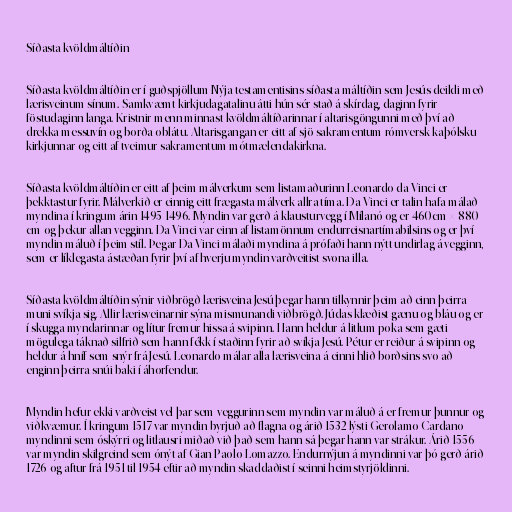
Síðasta kvöldmáltíðin

Síðasta kvöldmáltíðin er í guðspjöllum Nýja testamentisins síðasta máltíðin sem Jesús deildi með
lærisveinum sínum. Samkvæmt kirkjudagatalinu átti hún sér stað á skírdag, daginn fyrir
föstudaginn langa. Kristnir menn minnast kvöldmáltíðarinnar í altarisgöngunni með því að
drekka messuvín og borða oblátu. Altarisgangan er eitt af sjö sakramentum rómversk-kaþólsku
kirkjunnar og eitt af tveimur sakramentum mótmælendakirkna.

Síðasta kvöldmáltíðin er eitt af þeim málverkum sem listamaðurinn Leonardo da Vinci er
þekktastur fyrir. Málverkið er einnig eitt frægasta málverk allra tíma. Da Vinci er talin hafa málað
myndina í kringum árin 1495-1496. Myndin var gerð á klausturvegg í Mílanó og er 460cm × 880
cm og þekur allan vegginn. Da Vinci var einn af listamönnum endurreisnartímabilsins og er því
myndin máluð í þeim stíl. Þegar Da Vinci málaði myndina á prófaði hann nýtt undirlag á vegginn,
sem er líklegasta ástæðan fyrir því af hverju myndin varðveitist svona illa.

Síðasta kvöldmáltíðin sýnir viðbrögð lærisveina Jesú þegar hann tilkynnir þeim að einn þeirra
muni svíkja sig. Allir lærisveinarnir sýna mismunandi viðbrögð. Júdas klæðist gænu og bláu og er
í skugga myndarinnar og lítur fremur hissa á svipinn. Hann heldur á litlum poka sem gæti
mögulega táknað silfrið sem hann fékk í staðinn fyrir að svíkja Jesú. Pétur er reiður á svipinn og
heldur á hníf sem snýr frá Jesú. Leonardo málar alla lærisveina á einni hlið borðsins svo að
enginn þeirra snúi baki í áhorfendur.

Myndin hefur ekki varðveist vel þar sem veggurinn sem myndin var máluð á er fremur þunnur og
viðkvæmur. Í kringum 1517 var myndin byrjuð að flagna og árið 1532 lýsti Gerolamo Cardano
myndinni sem óskýrri og litlausri miðað við það sem hann sá þegar hann var strákur. Árið 1556
var myndin skilgreind sem ónýt af Gian Paolo Lomazzo. Endurnýjun á myndinni var þó gerð árið
1726 og aftur frá 1951 til 1954 eftir að myndin skaddaðist í seinni heimstyrjöldinni.